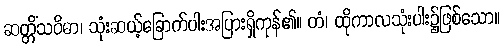
ဆတ္တိံသဝိဓာ၊ သုံးဆယ့်ခြောက်ပါးအပြားရှိကုန်၏။ တံ၊ ထိုကာလသုံးပါး၌ဖြစ်သော။